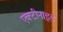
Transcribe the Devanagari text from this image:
एक्टीनाइड